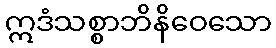
ဣဒံသစ္စာဘိနိဝေသော